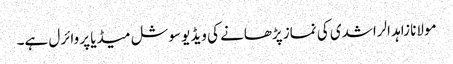
مولانا زاہد الراشدی کی نماز پڑھانے کی ویڈیو سوشل میڈیا پر وائرل ہے۔